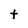
Character: t